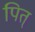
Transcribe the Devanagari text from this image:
पित्‌